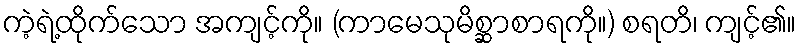
ကဲ့ရဲ့ထိုက်သော အကျင့်ကို။ (ကာမေသုမိစ္ဆာစာရကို။) စရတိ၊ ကျင့်၏။